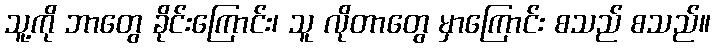
သူ့ကို ဘာတွေ ခိုင်းကြောင်း၊ သူ လိုတာတွေ မှာကြောင်း စသည် စသည်။